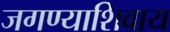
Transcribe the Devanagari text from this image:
जगण्याशिवाय